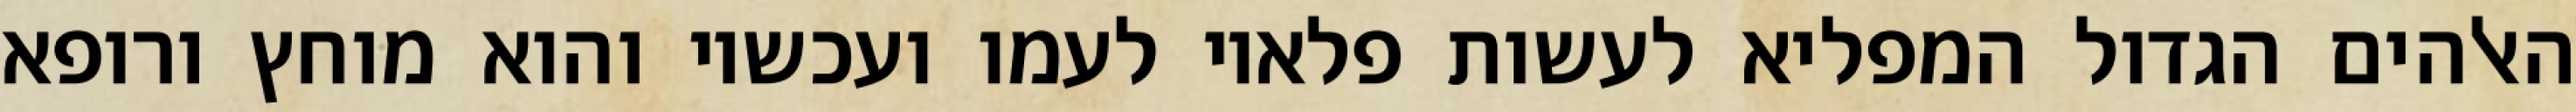
האלהים הגדול המפליא לעשות פלאיו לעמו ועכשיו והוא מוחץ ורופא